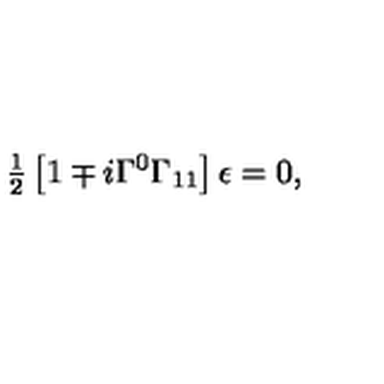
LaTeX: { \textstyle \frac { 1 } { 2 } } \left[ 1 \mp i \Gamma ^ { 0 } \Gamma _ { 1 1 } \right] \epsilon = 0 ,